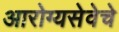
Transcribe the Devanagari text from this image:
आरोग्यसेवेचे